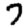
Digit: 7